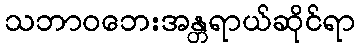
သဘာဝဘေးအန္တရာယ်ဆိုင်ရာ